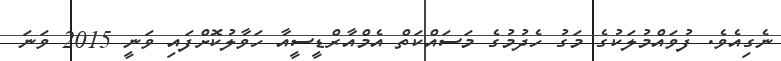
ނެގިއެވެ. ފުވައްމުލަކުގެ މަގު ހެދުމުގެ މަސައްކަތް އެމްއާރްޑީސީއާ ހަވާލުކޮށްފައި ވަނީ 2015 ވަނަ